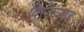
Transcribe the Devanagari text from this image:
विस्तारगृह